Medical and sanitary report of the native army of Madras for the year
Year: 1877
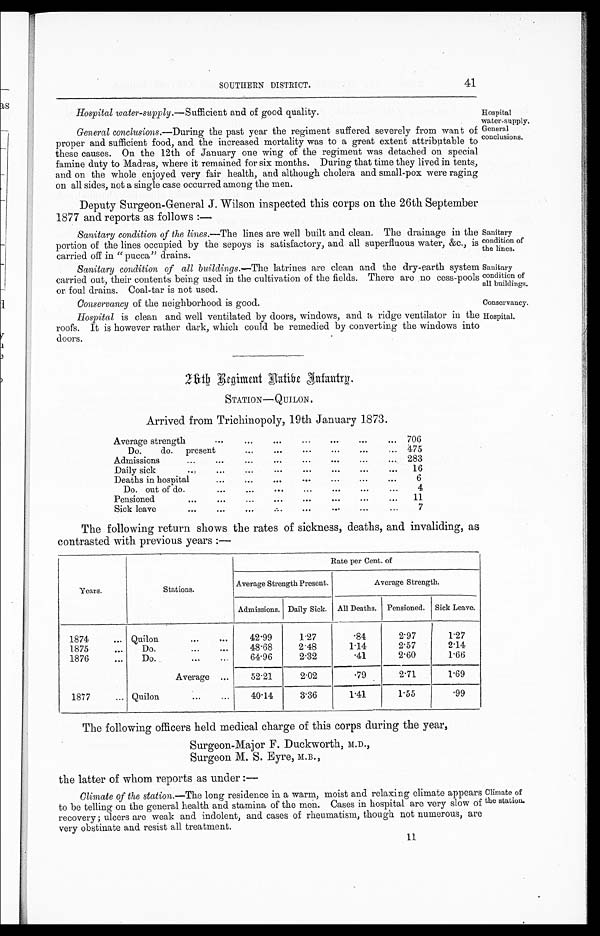
SOUTHERN DISTRICT.
41
Hospital water-supply. —Sufficient and of good quality.
Hospital
water-supply.
Sanitary
condition of
the lines.
Sanitary
condition of
all buildings.
Conservancy of the neighborhood is good.
Conservancy.
General
conclusions.
General conclusions.—During the past year the regiment suffered severely from want of
proper and sufficient food, and the increased mortality was to a great extent attributable to
these causes. On the 12th of January one wing of the regiment was detached on special
famine duty to Madras, where it remained for six months. During that time they lived in tents,
and on the whole enjoyed very fair health, and although cholera and small-pox were raging
on all sides, not a single case occurred among the men.
Deputy Surgeon-General J. Wilson inspected this corps on the 26th September
1877 and reports as follows :—
Sanitary condition of the lines.— The lines are well built and clean. The drainage in the
portion of the lines occupied by the sepoys is satisfactory, and all superfluous water, &c., is
carried off in " pucca" drains.
Sanitary condition of all buildings.—The latrines are clean and the dry-earth system
carried out, their contents being used in the cultivation of the fields. There are . no cess-pools
or foul drains. Coal-tar is not used.
Hospital is clean and well ventilated by doors, windows, and a ridge ventilator in the
roofs. It is however rather dark, which could be remedied by converting the windows into
doors.
Hospital.
26th Regiment Native Infantry.
STATION— QUILON.
Arrived from Trichinopoly, 19th January 1873.
Average strength
. . . ... ... ... ... ...
... 706
Do.
do.
present
...
...
...
...
...
... 475
Admissions
...
...
...
...
...
... ... ...
283
Daily sick
...
...
...
...
...
...
...
...
16
Deaths in hospital
... ... ... ... ...
...
6
Do. out of do.
...
...
...
...
...
...
...
4
Pensioned... ...
...
...
...
...
...
...
11
Sick leave
...
...
...
...
...
...
...
...
7
The following return shows the rates of sickness, deaths, and invaliding, as
contrasted with previous years:—
Years.
Stations.
Rate per Cent. of
Average Strength Present.
Average Strength.
Admissions. Daily Sick. All Deaths. Pensioned.
Sick Leave.
1874
... Quilon
... ...
42.99
1.27
.84
2.97
1.27
1875
...
Do.
...
...
48.68
2.48
1.14
2.57
2.14
1876
...
Do.
...
...
64.96
2.32
.41
2.60
1.66
Average
...
52.21
2.02
.79
2.71
1.69
1877
... Quilon
...
...
40.14
3.36
1.41
1.55
.99
The following officers held medical charge of this corps during the year,
Surgeon-Major F. Duckworth, M.D.,
Surgeon M. S. Eyre, M.B.,
the latter of whom reports as under :—
Climate of the station.— The long residence in a warm, moist and relaxing climate appears
to be telling on the general health and stamina of the men. Cases in hospital are very slow of
recovery ; ulcers are weak and indolent, and cases of rheumatism, though not numerous, are
very obstinate and resist all treatment.
Climate of
the station.
11